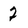
Character: 2